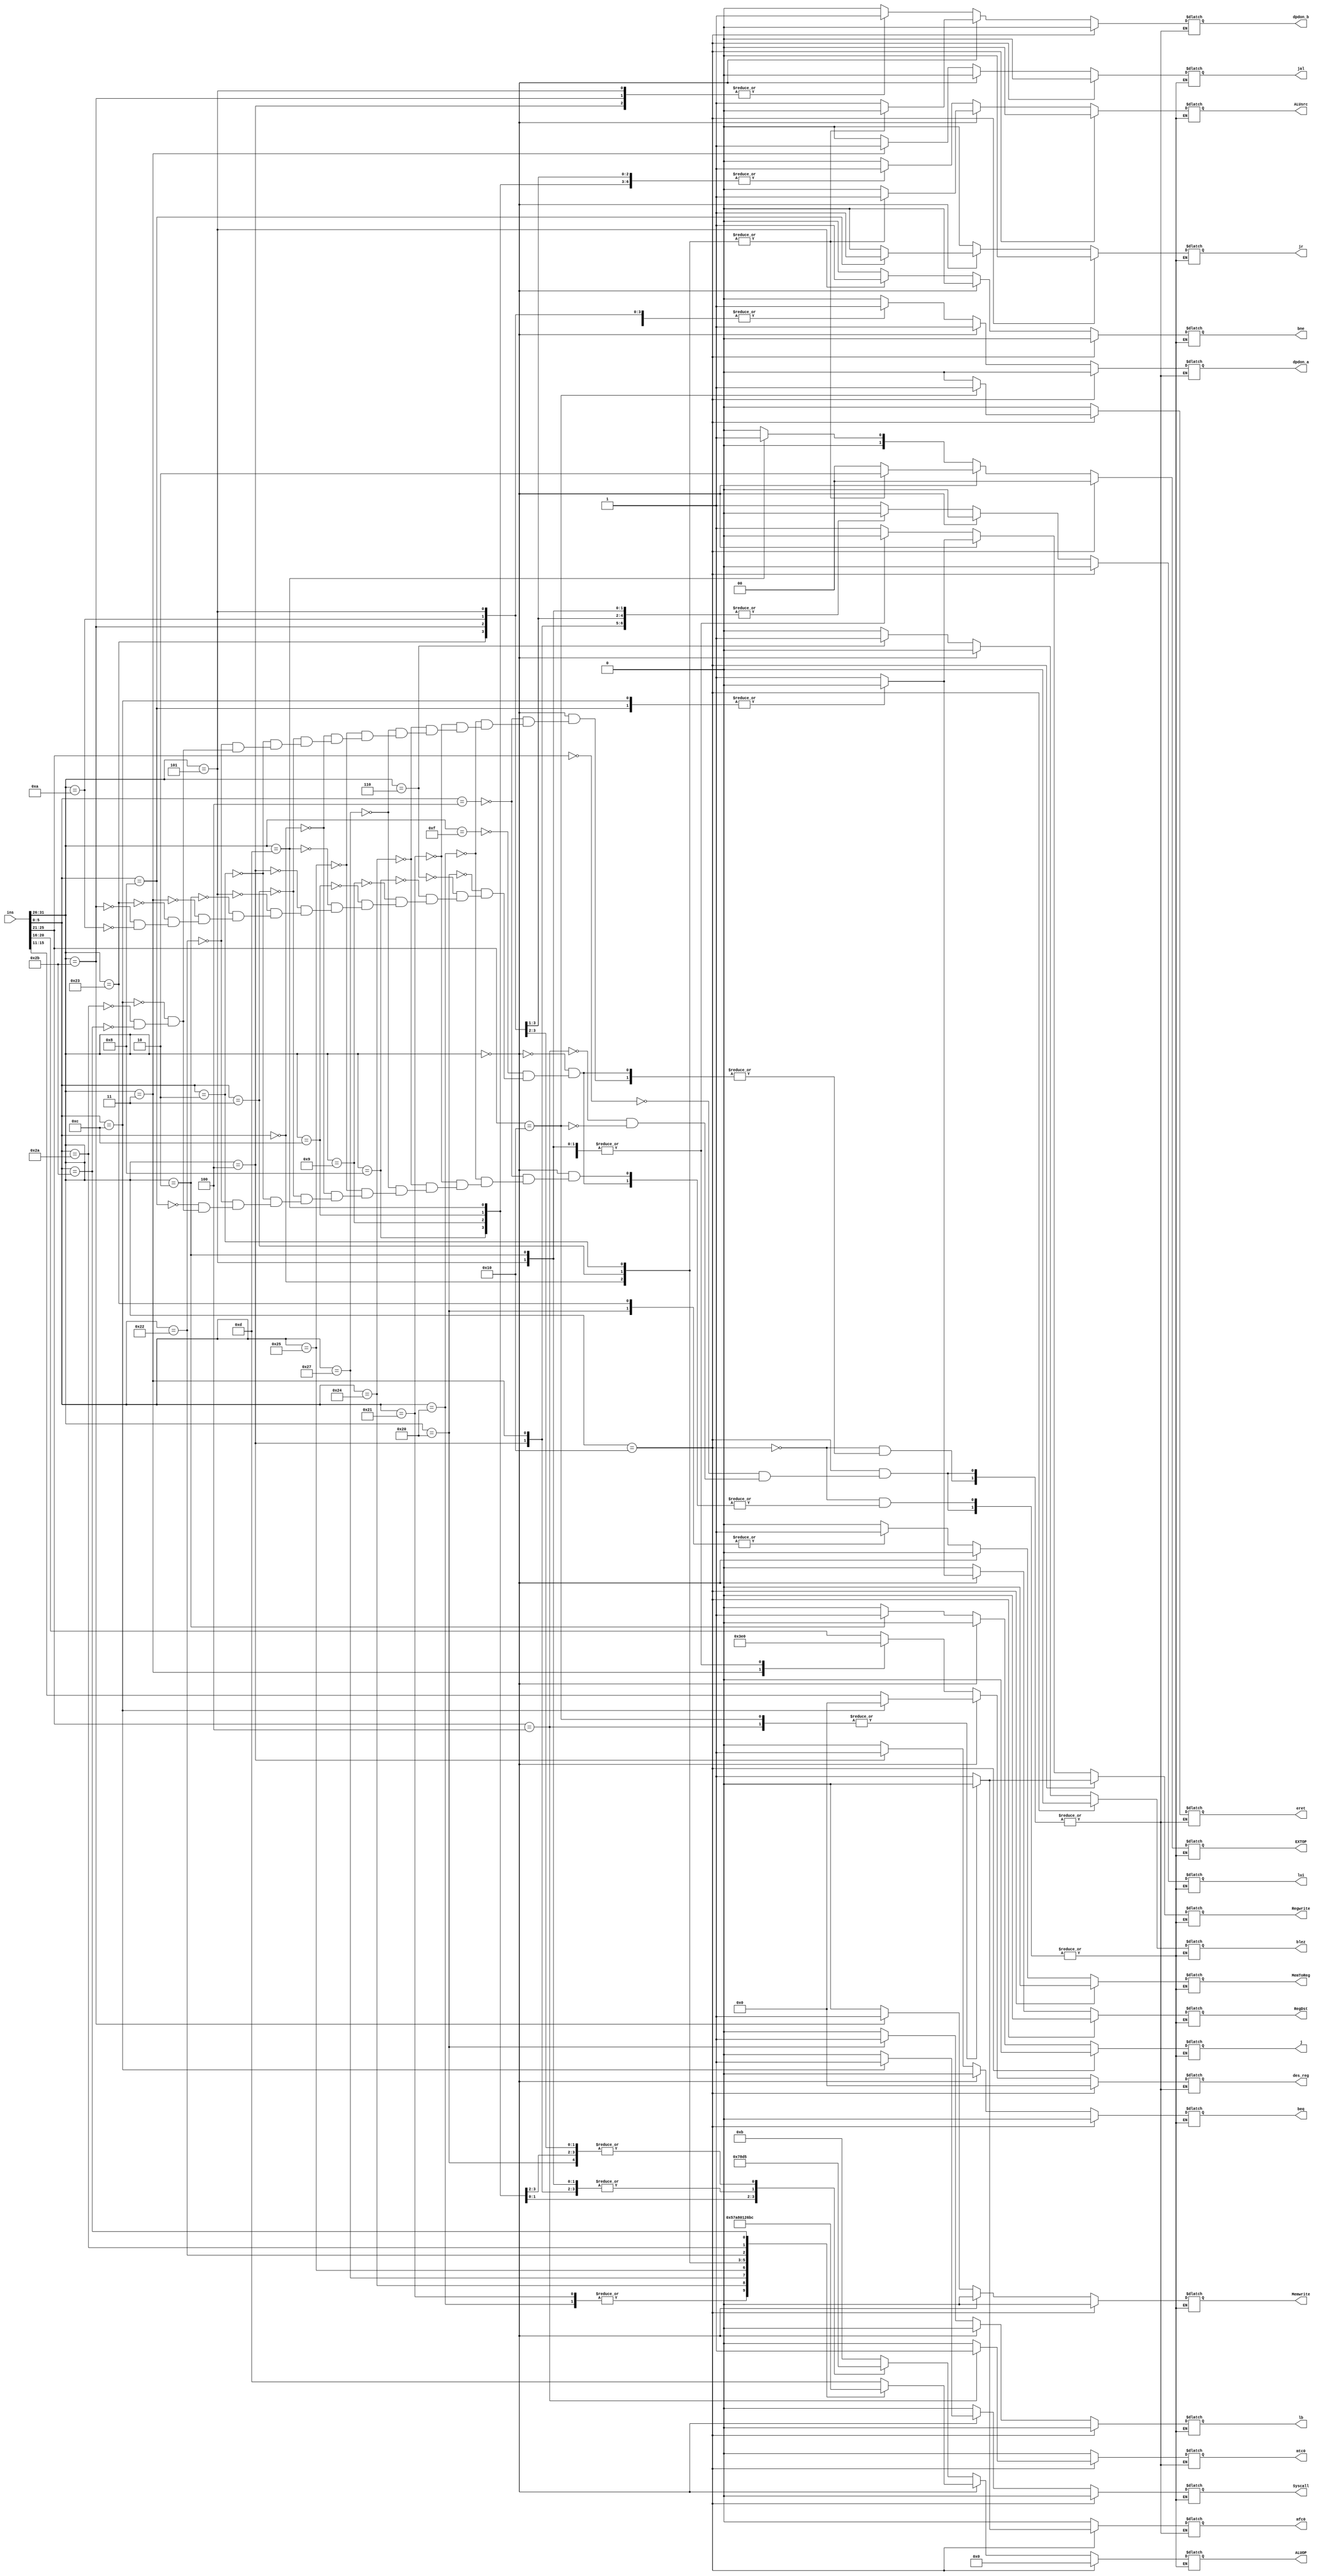
`timescale 1ns / 1ps
//////////////////////////////////////////////////////////////////////////////////
// Company: 
// Engineer: 
// 
// Design Name: 
// Module Name: controller
// Project Name: 
// Target Devices: 
// Tool Versions: 
// Description: 
// 
// Dependencies: 
// 
// Revision:
// Revision 0.01 - File Created
// Additional Comments:
// 
//////////////////////////////////////////////////////////////////////////////////


module controller(
    input [31:0] ins,
    output reg  Syscall,
    output reg [3:0]ALUOP,//ALU
    output reg jr,jal,j,bne,beq,//
    output reg [1:0]EXTOP,//
    output reg Memwrite, MemToReg,Regwrite,ALUsrc,RegDst,
    output reg lb, //CCMB,lb, mode
    output reg blez,    //ccmb,blez
    output reg lui,    //ccmb,lui
    output reg [4:0] des_reg,  //,0
    output reg dpdon_a, dpdon_b,//AB
    output reg eret, mfc0, mtc0 //
    );
    wire   [5:0]op, func;
    wire    [4:0] rs, rt, rd, MF;
    assign op = ins[31:26];
    assign MF = ins[25:21];
    assign func = ins[5:0];
    assign rs = ins[25:21];
    assign rt = ins[20:16];
    assign rd = ins[15:11];
    initial begin
        jr <=0;
        jal <=0;
        j<=0;
        bne<=0;
        beq <=0;
        blez <= 0;
        Memwrite <=0;
        MemToReg<=0;
        ALUsrc <=0;
        Syscall <=0;
        RegDst <= 0;//rt
        Regwrite <= 0;//
        EXTOP <= 2'b00;
        ALUOP <= 4'b0000;
        lb <= 1'b0;
        lui <= 0;
        /**/
        des_reg <= 0;
        dpdon_a <= 0;
        dpdon_b <= 0;
        /**/
        eret <= 0;
        mtc0 <= 0;
        mfc0 <= 0;
    end
    always @(*)
    begin
        if (op == 6'b010000) begin
            case(MF)
                5'b00000:begin//MFC0        MFC0MTC0
                    jr <=0;
                    jal <=0;
                    j<=0;
                    bne<=0;
                    beq <=0;
                    blez <= 0;
                    Memwrite <=0;
                    MemToReg<=0;
                    ALUsrc <=0;
                    Syscall <=0;
                    RegDst <= 0;//rt
                    Regwrite <= 1;//
                    EXTOP <= 2'b00;
                    ALUOP <= 4'b0000;
                    lb <= 1'b0;
                    lui <= 0;
                    /**/
                    des_reg <= 0;
                    dpdon_a <= 0;
                    dpdon_b <= 0;
                    /**/
                    eret <= 0;
                    mtc0 <= 0;
                    mfc0 <= 1;
                end
                5'b00100:begin//MTC0
                    jr <=0;
                    jal <=0;
                    j<=0;
                    bne<=0;
                    beq <=0;
                    blez <= 0;
                    Memwrite <=0;
                    MemToReg<=0;
                    ALUsrc <=0;
                    Syscall <=0;
                    RegDst <= 0;//
                    Regwrite <= 0;//
                    EXTOP <= 2'b00;
                    ALUOP <= 4'b0000;
                    lb <= 1'b0;
                    lui <= 0;
                    /**/
                    des_reg <= 0;
                    dpdon_a <= 0;
                    dpdon_b <= 0;
                    /**/
                    eret <= 0;
                    mtc0 <= 1;
                    mfc0 <= 0;
                end
                5'b10000:begin//ERET
                    jr <=0;
                    jal <=0;
                    j<=0;
                    bne<=0;
                    beq <=0;
                    blez <= 0;
                    Memwrite <=0;
                    MemToReg<=0;
                    ALUsrc <=0;
                    Syscall <=0;
                    RegDst <= 0;//
                    Regwrite <= 0;//
                    EXTOP <= 2'b00;
                    ALUOP <= 4'b0000;
                    lb <= 1'b0;
                    lui <= 0;
                    /**/
                    des_reg <= 0;
                    dpdon_a <= 0;
                    dpdon_b <= 0;
                    /**/
                    eret <= 1;
                    mtc0 <= 0;
                    mfc0 <= 0;
                end
            endcase
        end
        else if(op == 6'b000000) begin//13 special instructions
            case(func)
                6'b000100:begin//sllv
                    jr <=0;
                    jal <=0;
                    j<=0;
                    bne<=0;
                    beq <=0;
                    blez <= 0;
                    Memwrite <=0;
                    MemToReg<=0;
                    ALUsrc <=0;
                    Syscall <=0;
                    RegDst <= 1;
                    Regwrite <= 1;
                    EXTOP <= 2'b00;
                    ALUOP <= 4'b1101;
                    lb <= 1'b0;
                    lui <= 0;
                    /**/
                    des_reg <= rd;
                    dpdon_a <= 1;
                    dpdon_b <= 1;
                    /**/
                    eret <= 0;
                    mtc0 <= 0;
                    mfc0 <= 0;
                end
                6'b100000:begin//add
                    jr <=0;
                    jal <=0;
                    j<=0;
                    bne<=0;
                    beq <=0;
                    blez <= 0;
                    Memwrite <=0;
                    MemToReg<=0;
                    ALUsrc <=0;
                    Syscall <=0;
                    RegDst <= 1;
                    Regwrite <= 1;
                    EXTOP <= 2'b00;
                    ALUOP <= 4'b0101;
                    lb <= 1'b0;
                    lui <= 0;
                    /**/
                    des_reg <= rd;
                    dpdon_a <= 1;
                    dpdon_b <= 1;
                    /**/
                    eret <= 0;
                    mtc0 <= 0;
                    mfc0 <= 0;
                end
                6'b100001:begin//addu
                    jr <=0;
                    jal <=0;
                    j<=0;
                    bne<=0;
                    beq <=0;
                    blez <= 0;
                    Memwrite <=0;
                    MemToReg<=0;
                    ALUsrc <=0;
                    Syscall <=0;
                    RegDst <= 1;
                    Regwrite <= 1;
                    EXTOP <= 2'b00;
                    ALUOP <= 4'b0101;
                    lb <= 1'b0;
                    lui <= 0;
                    /**/
                    des_reg <= rd;
                    dpdon_a <= 1;
                    dpdon_b <= 1;
                    /**/
                    eret <= 0;
                    mtc0 <= 0;
                    mfc0 <= 0;
                end
                6'b100100:begin//and
                    jr <=0;
                    jal <=0;
                    j<=0;
                    bne<=0;
                    beq <=0;
                    blez <= 0;
                    Memwrite <=0;
                    MemToReg<=0;
                    ALUsrc <=0;
                    Syscall <=0;
                    RegDst <= 1;
                    Regwrite <= 1;
                    EXTOP <= 2'b00;
                    ALUOP <= 4'b0111;
                    lb <= 1'b0;
                    lui <= 0;
                    /**/
                    des_reg <= rd;
                    dpdon_a <= 1;
                    dpdon_b <= 1;
                    /**/
                    eret <= 0;
                    mtc0 <= 0;
                    mfc0 <= 0;
                end
                6'b100111:begin//nor
                    jr <=0;
                    jal <=0;
                    j<=0;
                    bne<=0;
                    beq <=0;
                    blez <= 0;
                    Memwrite <=0;
                    MemToReg<=0;
                    ALUsrc <=0;
                    Syscall <=0;
                    RegDst <= 1;
                    Regwrite <= 1;
                    EXTOP <= 2'b00;
                    ALUOP <= 4'b1010;
                    lb <= 1'b0;
                    lui <= 0;
                    /**/
                    des_reg <= rd;
                    dpdon_a <= 1;
                    dpdon_b <= 1;
                    /**/
                    eret <= 0;
                    mtc0 <= 0;
                    mfc0 <= 0;
                end
                6'b100101:begin//or
                    jr <=0;
                    jal <=0;
                    j<=0;
                    bne<=0;
                    beq <=0;
                    blez <= 0;
                    Memwrite <=0;
                    MemToReg<=0;
                    ALUsrc <=0;
                    Syscall <=0;
                    RegDst <= 1;
                    Regwrite <= 1;
                    EXTOP <= 2'b00;
                    ALUOP <= 4'b1000;
                    lb <= 1'b0;
                    lui <= 0;
                    /**/
                    des_reg <= rd;
                    dpdon_a <= 1;
                    dpdon_b <= 1;
                    /**/
                    eret <= 0;
                    mtc0 <= 0;
                    mfc0 <= 0;
                end
                6'b000000:begin//sll
                    jr <=0;
                    jal <=0;
                    j<=0;
                    bne<=0;
                    beq <=0;
                    blez <= 0;
                    Memwrite <=0;
                    MemToReg<=0;
                    Syscall <=0;
                    RegDst <= 1;
                    Regwrite <= 1;
                    ALUsrc <= 1;
                    EXTOP <= 2'b10;
                    ALUOP <= 4'b0000;
                    lb <= 1'b0;
                    lui <= 0;
                    /**/
                    des_reg <= rd;
                    dpdon_a <= 1;
                    dpdon_b <= 0;
                    /**/
                    eret <= 0;
                    mtc0 <= 0;
                    mfc0 <= 0;
                end
                6'b000011:begin//sra
                    jr <=0;
                    jal <=0;
                    j<=0;
                    bne<=0;
                    beq <=0;
                    blez <= 0;
                    Memwrite <=0;
                    MemToReg<=0;
                    Syscall <=0;
                    RegDst <= 1;
                    Regwrite <= 1;
                    ALUsrc <= 1;
                    EXTOP <= 2'b10;
                    ALUOP <= 4'b0001;
                    lb <= 1'b0;
                    lui <= 0;
                    /**/
                    des_reg <= rd;
                    dpdon_a <= 1;
                    dpdon_b <= 0;
                    /**/
                    eret <= 0;
                    mtc0 <= 0;
                    mfc0 <= 0;
                end
                6'b000010:begin//srl
                    jr <=0;
                    jal <=0;
                    j<=0;
                    bne<=0;
                    beq <=0;
                    blez <= 0;
                    Memwrite <=0;
                    MemToReg<=0;
                    Syscall <=0;
                    RegDst <= 1;
                    Regwrite <= 1;
                    ALUsrc <= 1;
                    EXTOP <= 2'b10;
                    ALUOP <= 4'b0010;
                    lb <= 1'b0;
                    lui <= 0;
                    /**/
                    des_reg <= rd;
                    dpdon_a <= 1;
                    dpdon_b <= 0;
                    /**/
                    eret <= 0;
                    mtc0 <= 0;
                    mfc0 <= 0;
                end
                6'b100010:begin//sub
                    jr <=0;
                    jal <=0;
                    j<=0;
                    bne<=0;
                    beq <=0;
                    blez <= 0;
                    Memwrite <=0;
                    MemToReg<=0;
                    ALUsrc <=0;
                    Syscall <=0;
                    RegDst <= 1;
                    Regwrite <= 1;
                    EXTOP <= 2'b00;
                    ALUOP <= 4'b0110;
                    lb <= 1'b0;
                    lui <= 0;
                    /**/
                    des_reg <= rd;
                    dpdon_a <= 1;
                    dpdon_b <= 1;
                    /**/
                    eret <= 0;
                    mtc0 <= 0;
                    mfc0 <= 0;
                end
                6'b001000:begin//jr
                    jal <=0;
                    j<=0;
                    bne<=0;
                    beq <=0;
                    blez <= 0;
                    Memwrite <=0;
                    MemToReg<=0;
                    ALUsrc <=0;
                    RegDst <= 0;
                    Regwrite <= 0;
                    Syscall <=0;
                    jr <= 1;
                    EXTOP <= 2'b00;
                    ALUOP <= 4'b1101;
                    lb <= 1'b0;
                    lui <= 0;
                end
                6'b001100:begin//syscall
                    Syscall <= 1;
                    jal <=0;
                    j<=0;
                    bne<=0;
                    beq <=0;
                    blez <= 0;
                    Memwrite <=0;
                    MemToReg<=0;
                    ALUsrc <=0;
                    RegDst <= 0;
                    Regwrite <= 0;
                    jr <= 0;
                    EXTOP <= 2'b00;
                    ALUOP <= 4'b1101;
                    lb <= 1'b0;
                    lui <= 0;
                    /**/
                    des_reg <= 0;
                    dpdon_a <= 1;
                    dpdon_b <= 1;
                    /**/
                    eret <= 0;
                    mtc0 <= 0;
                    mfc0 <= 0;
                end
                6'b101010:begin//slt
                    RegDst <= 1;
                    Regwrite <= 1;
                    Syscall <= 0;
                    jal <=0;
                    j<=0;
                    bne<=0;
                    beq <=0;
                    blez <= 0;
                    Memwrite <=0;
                    MemToReg<=0;
                    ALUsrc <=0;
                    jr <= 0;
                    EXTOP <= 2'b00;
                    ALUOP <= 4'b1011;
                    lb <= 1'b0;
                    lui <= 0;
                    /**/
                    des_reg <= rd;
                    dpdon_a <= 1;
                    dpdon_b <= 1;
                    /**/
                    eret <= 0;
                    mtc0 <= 0;
                    mfc0 <= 0;
                end
                6'b101011:begin//sltu
                    RegDst <= 1;
                    Regwrite <= 1;
                    Syscall <= 0;
                    jal <=0;
                    j<=0;
                    bne<=0;
                    beq <=0;
                    blez <= 0;
                    Memwrite <=0;
                    MemToReg<=0;
                    ALUsrc <=0;
                    jr <= 0;
                    EXTOP <= 2'b00;
                    ALUOP <= 4'b1100;
                    lb <= 1'b0;
                    lui <= 0;
                    /**/
                    des_reg <= rd;
                    dpdon_a <= 1;
                    dpdon_b <= 1;
                    /**/
                    eret <= 0;
                    mtc0 <= 0;
                    mfc0 <= 0;
                end
            endcase
        end
        else begin
            case(op)//11
                6'b001111:begin//lui
                    Regwrite <= 1;
                    ALUsrc <= 0;
                    RegDst <= 0;
                    Syscall <= 0;
                    jal <=0;
                    j <=0;
                    bne <=0;
                    beq <=0;
                    blez <= 0;
                    Memwrite <=0;
                    MemToReg<=0;
                    jr <= 0;
                    EXTOP <= 2'b00;
                    ALUOP <= 4'b1011;
                    lb <= 1'b0;
                    lui <= 1;
                    /**/
                    des_reg <= rt;
                    dpdon_a <= 0;
                    dpdon_b <= 0;
                    /**/
                    eret <= 0;
                    mtc0 <= 0;
                    mfc0 <= 0;
                end
                6'b100000:begin//lb
                    Regwrite <= 1;
                    ALUsrc <= 1;
                    RegDst <= 0;
                    Syscall <= 0;
                    jal <=0;
                    j <=0;
                    bne <=0;
                    beq <=0;
                    blez <= 0;
                    Memwrite <=0;
                    MemToReg<=1;
                    jr <= 0;
                    EXTOP <= 2'b00;
                    ALUOP <= 4'b0101;
                    lb <= 1'b1;
                    lui <= 0;
                    /**/
                    des_reg <= rt;
                    dpdon_a <= 1;
                    dpdon_b <= 0;
                    /**/
                    eret <= 0;
                    mtc0 <= 0;
                    mfc0 <= 0;
                end
                6'b000110:begin//BLEZ
                    Regwrite <= 0;
                    ALUsrc <= 0;
                    RegDst <= 0;
                    Syscall <= 0;
                    jal <=0;
                    j <=0;
                    bne <=0;
                    beq <=0;
                    blez <= 1;
                    Memwrite <=0;
                    MemToReg<=0;
                    jr <= 0;
                    EXTOP <= 2'b00;
                    ALUOP <= 4'b1011;
                    lb <= 1'b0;
                    lui <= 0;
                    /**/
                    des_reg <= 0;
                    dpdon_a <= 1;
                    dpdon_b <= 0;
                    /**/
                    eret <= 0;
                    mtc0 <= 0;
                    mfc0 <= 0;
                end
                6'b001000:begin//addi
                    Regwrite <= 1;
                    ALUsrc <= 1;
                    RegDst <= 0;
                    Syscall <= 0;
                    jal <=0;
                    j <=0;
                    bne <=0;
                    beq <=0;
                    blez <= 0;
                    Memwrite <=0;
                    MemToReg<=0;
                    jr <= 0;
                    EXTOP <= 2'b00;
                    ALUOP <= 4'b0101;
                    lb <= 1'b0;
                    lui <= 0;
                    /**/
                    des_reg <= rt;
                    dpdon_a <= 1;
                    dpdon_b <= 0;
                    /**/
                    eret <= 0;
                    mtc0 <= 0;
                    mfc0 <= 0;
                end
                6'b001001:begin//addiu
                    Regwrite <= 1;
                    ALUsrc <= 1;
                    RegDst <= 0;
                    Syscall <= 0;
                    jal <=0;
                    j<=0;
                    bne<=0;
                    beq <=0;
                    blez <= 0;
                    Memwrite <=0;
                    MemToReg<=0;
                    jr <= 0;
                    EXTOP <= 2'b00;
                    ALUOP <= 4'b0101;
                    lb <= 1'b0;
                    lui <= 0;
                    /**/
                    des_reg <= rt;
                    dpdon_a <= 1;
                    dpdon_b <= 0;
                    /**/
                    eret <= 0;
                    mtc0 <= 0;
                    mfc0 <= 0;
                end
                6'b001100:begin//andi
                    Regwrite <= 1;
                    ALUsrc <= 1;
                    Syscall <= 0;
                    jr <= 0;
                    jal <=0;
                    j <= 0;
                    bne <= 0;
                    beq <= 0;
                    blez <= 0;
                    Memwrite <=0;
                    MemToReg <= 0;
                    RegDst <= 0;
                    EXTOP <= 2'b00;
                    ALUOP <= 4'b0111;
                    lb <= 1'b0;
                    lui <= 0;
                    /**/
                    des_reg <= rt;
                    dpdon_a <= 1;
                    dpdon_b <= 0;
                    /**/
                    eret <= 0;
                    mtc0 <= 0;
                    mfc0 <= 0;
                end
                6'b001101:begin//ori
                    Regwrite <= 1;
                    ALUsrc <= 1;
                    Syscall <= 0;
                    jr <= 0;
                    jal <=0;
                    j <= 0;
                    bne <= 0;
                    beq <= 0;
                    blez <= 0;
                    Memwrite <=0;
                    MemToReg <= 0;
                    RegDst <= 0;
                    EXTOP <= 2'b01;
                    ALUOP <= 4'b1000;
                    lb <= 1'b0;
                    lui <= 0;
                    /**/
                    des_reg <= rt;
                    dpdon_a <= 1;
                    dpdon_b <= 0;
                    /**/
                    eret <= 0;
                    mtc0 <= 0;
                    mfc0 <= 0;
                end
                6'b000100:begin//beq
                    beq <= 1;
                    blez <= 0;
                    bne <= 0;
                    ALUsrc <= 0;
                    Regwrite <= 0;
                    Syscall <= 0;
                    jr <= 0;
                    jal <=0;
                    j <= 0;
                    Memwrite <=0;
                    MemToReg <= 0;
                    RegDst <= 0;
                    EXTOP <= 2'b00;
                    ALUOP <= 4'b1101;
                    lb <= 1'b0;
                    lui <= 0;
                    /**/
                    des_reg <= 0;
                    dpdon_a <= 1;
                    dpdon_b <= 1;
                    /**/
                    eret <= 0;
                    mtc0 <= 0;
                    mfc0 <= 0;
                end
                6'b000101:begin//bne
                    bne <= 1;
                    ALUsrc <= 0;
                    Regwrite <= 0;
                    Syscall <= 0;
                    jr <= 0;
                    jal <=0;
                    j <= 0;
                    beq <= 0;
                    blez <= 0;
                    Memwrite <=0;
                    MemToReg <= 0;
                    RegDst <= 0;
                    EXTOP <= 2'b00;
                    ALUOP <= 4'b1101;
                    lb <= 1'b0;
                    lui <= 0;
                    /**/
                    des_reg <= 0;
                    dpdon_a <= 1;
                    dpdon_b <= 1;
                    /**/
                    eret <= 0;
                    mtc0 <= 0;
                    mfc0 <= 0;
                end
                6'b000010:begin//j
                    j <= 1;
                    ALUsrc <= 0;
                    Regwrite <= 0;
                    Syscall <= 0;
                    jr <= 0;
                    jal <=0;
                    bne <= 0;
                    beq <= 0;
                    blez <= 0;
                    Memwrite <=0;
                    MemToReg <= 0;
                    Regwrite <= 0;
                    ALUsrc <= 0;
                    RegDst <= 0;
                    EXTOP <= 2'b00;
                    ALUOP <= 4'b1101;
                    lb <= 1'b0;
                    lui <= 0;
                    /**/
                    des_reg <= 0;
                    dpdon_a <= 0;
                    dpdon_b <= 0;
                    /**/
                    eret <= 0;
                    mtc0 <= 0;
                    mfc0 <= 0;
                end
                6'b000011:begin//jal
                    jal <= 1;
                    Regwrite <= 1;
                    ALUsrc <= 0;
                    Syscall <= 0;
                    jr <= 0;
                    j <= 0;
                    bne <= 0;
                    beq <= 0;
                    blez <= 0;
                    Memwrite <=0;
                    MemToReg <= 0;
                    ALUsrc <= 0;
                    RegDst <= 0;
                    EXTOP <= 2'b00;
                    ALUOP <= 4'b1101;
                    lb <= 1'b0;
                    lui <= 0;
                    /**/
                    des_reg <= 5'h1f;
                    dpdon_a <= 0;
                    dpdon_b <= 0;
                    /**/
                    eret <= 0;
                    mtc0 <= 0;
                    mfc0 <= 0;
                end
                6'b100011:begin//lw
                    ALUsrc <= 1;
                    Regwrite <= 1;
                    MemToReg <= 1;
                    Syscall <= 0;
                    jr <= 0;
                    jal <=0;
                    j <= 0;
                    bne <= 0;
                    beq <= 0;
                    blez <= 0;
                    Memwrite <=0;
                    RegDst <= 0;
                    EXTOP <= 2'b00;
                    ALUOP <= 4'b0101;
                    lb <= 1'b0;
                    lui <= 0;
                    /**/
                    des_reg <= rt;
                    dpdon_a <= 1;
                    dpdon_b <= 0;
                    /**/
                    eret <= 0;
                    mtc0 <= 0;
                    mfc0 <= 0;
                end
                6'b101011:begin//sw
                    ALUsrc <= 1;
                    Memwrite <= 1;
                    Regwrite <= 0;
                    Syscall <= 0;
                    jr <= 0;
                    jal <=0;
                    j <= 0;
                    bne <= 0;
                    beq <= 0;
                    blez <= 0;
                    MemToReg <= 0;
                    RegDst <= 0;
                    EXTOP <= 2'b00;
                    ALUOP <= 4'b0101;
                    lb <= 1'b0;
                    lui <= 0;
                    /**/
                    des_reg <= 0;
                    dpdon_a <= 1;
                    dpdon_b <= 1;
                    /**/
                    eret <= 0;
                    mtc0 <= 0;
                    mfc0 <= 0;
                end
                6'b001010:begin//slti
                    ALUsrc <= 1;
                    Regwrite <= 1;
                    Syscall <= 0;
                    jr <= 0;
                    jal <=0;
                    j <= 0;
                    bne <= 0;
                    beq <= 0;
                    blez <= 0;
                    Memwrite <=0;
                    MemToReg <= 0;
                    RegDst <= 0;
                    EXTOP <= 2'b00;
                    ALUOP <= 4'b1011;
                    lb <= 1'b0;
                    lui <= 0;
                    /**/
                    des_reg <= rt;
                    dpdon_a <= 1;
                    dpdon_b <= 0;
                    /**/
                    eret <= 0;
                    mtc0 <= 0;
                    mfc0 <= 0;
                end
            endcase
        end
    end
endmodule